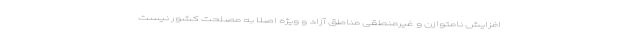
افزایش نامتوازن و غیرمنطقی مناطق آزاد و ویژه اصلاً به مصلحت کشور نیست